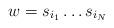
LaTeX: \begin{align*}w = s_{i_1} \ldots s_{i_N}\end{align*}